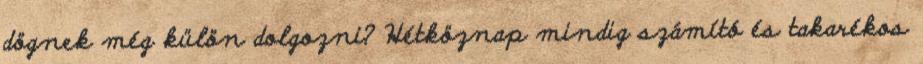
dögnek még külön dolgozni? Hétköznap mindig számító és takarékos